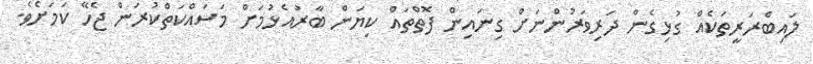
ލައިބްރަރީތަކެއް ގުޅިގެން ދަރިވަރުންނަށް ގިނައިން ފޮތްތައް ކިޔަން ބާރުއެޅުމަށް މަސައްކަތްކުރަން ޖެހޭ ކަމަށެވެ.